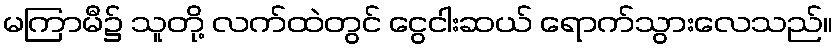
မကြာမီ၌ သူတို့ လက်ထဲတွင် ငွေငါးဆယ် ရောက်သွားလေသည်။